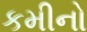
કમીનો